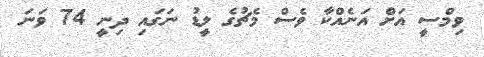
ވިމްސީ އަށް އަނެއްކާ ވެސް މެޗުގެ ލީޑު ނަގައި ދިނީ 74 ވަނަ